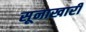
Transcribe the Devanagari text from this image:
सूनाखारी